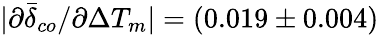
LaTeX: |\partial\bar{\delta}_{co}/\partial\Delta T_{m}|=(0.019\pm 0.004)